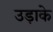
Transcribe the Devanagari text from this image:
उड़ाके